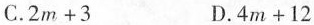
C.$$2 m + 3$$ D.$$4 m + 1 2$$